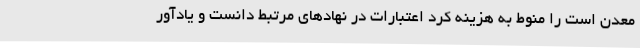
معدن است را منوط به هزینه کرد اعتبارات در نهادهای مرتبط دانست و یادآور